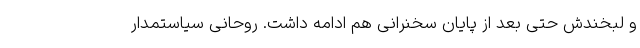
و لبخندش حتی بعد از پایان سخنرانی هم ادامه داشت. روحانی سیاستمدار